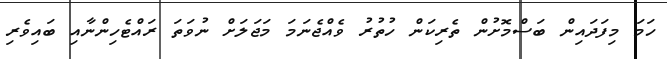
ހަމަ މިފަދައިން ބަސްމޮށުން ތެރިކަން ހުތުރު ވެއްޖެނަމަ މަޖަލަށް ނުވަތަ ރައްޓެހިންނާއި ބައިވެރި